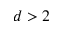
d > 2